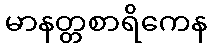
မာနတ္တစာရိကေန